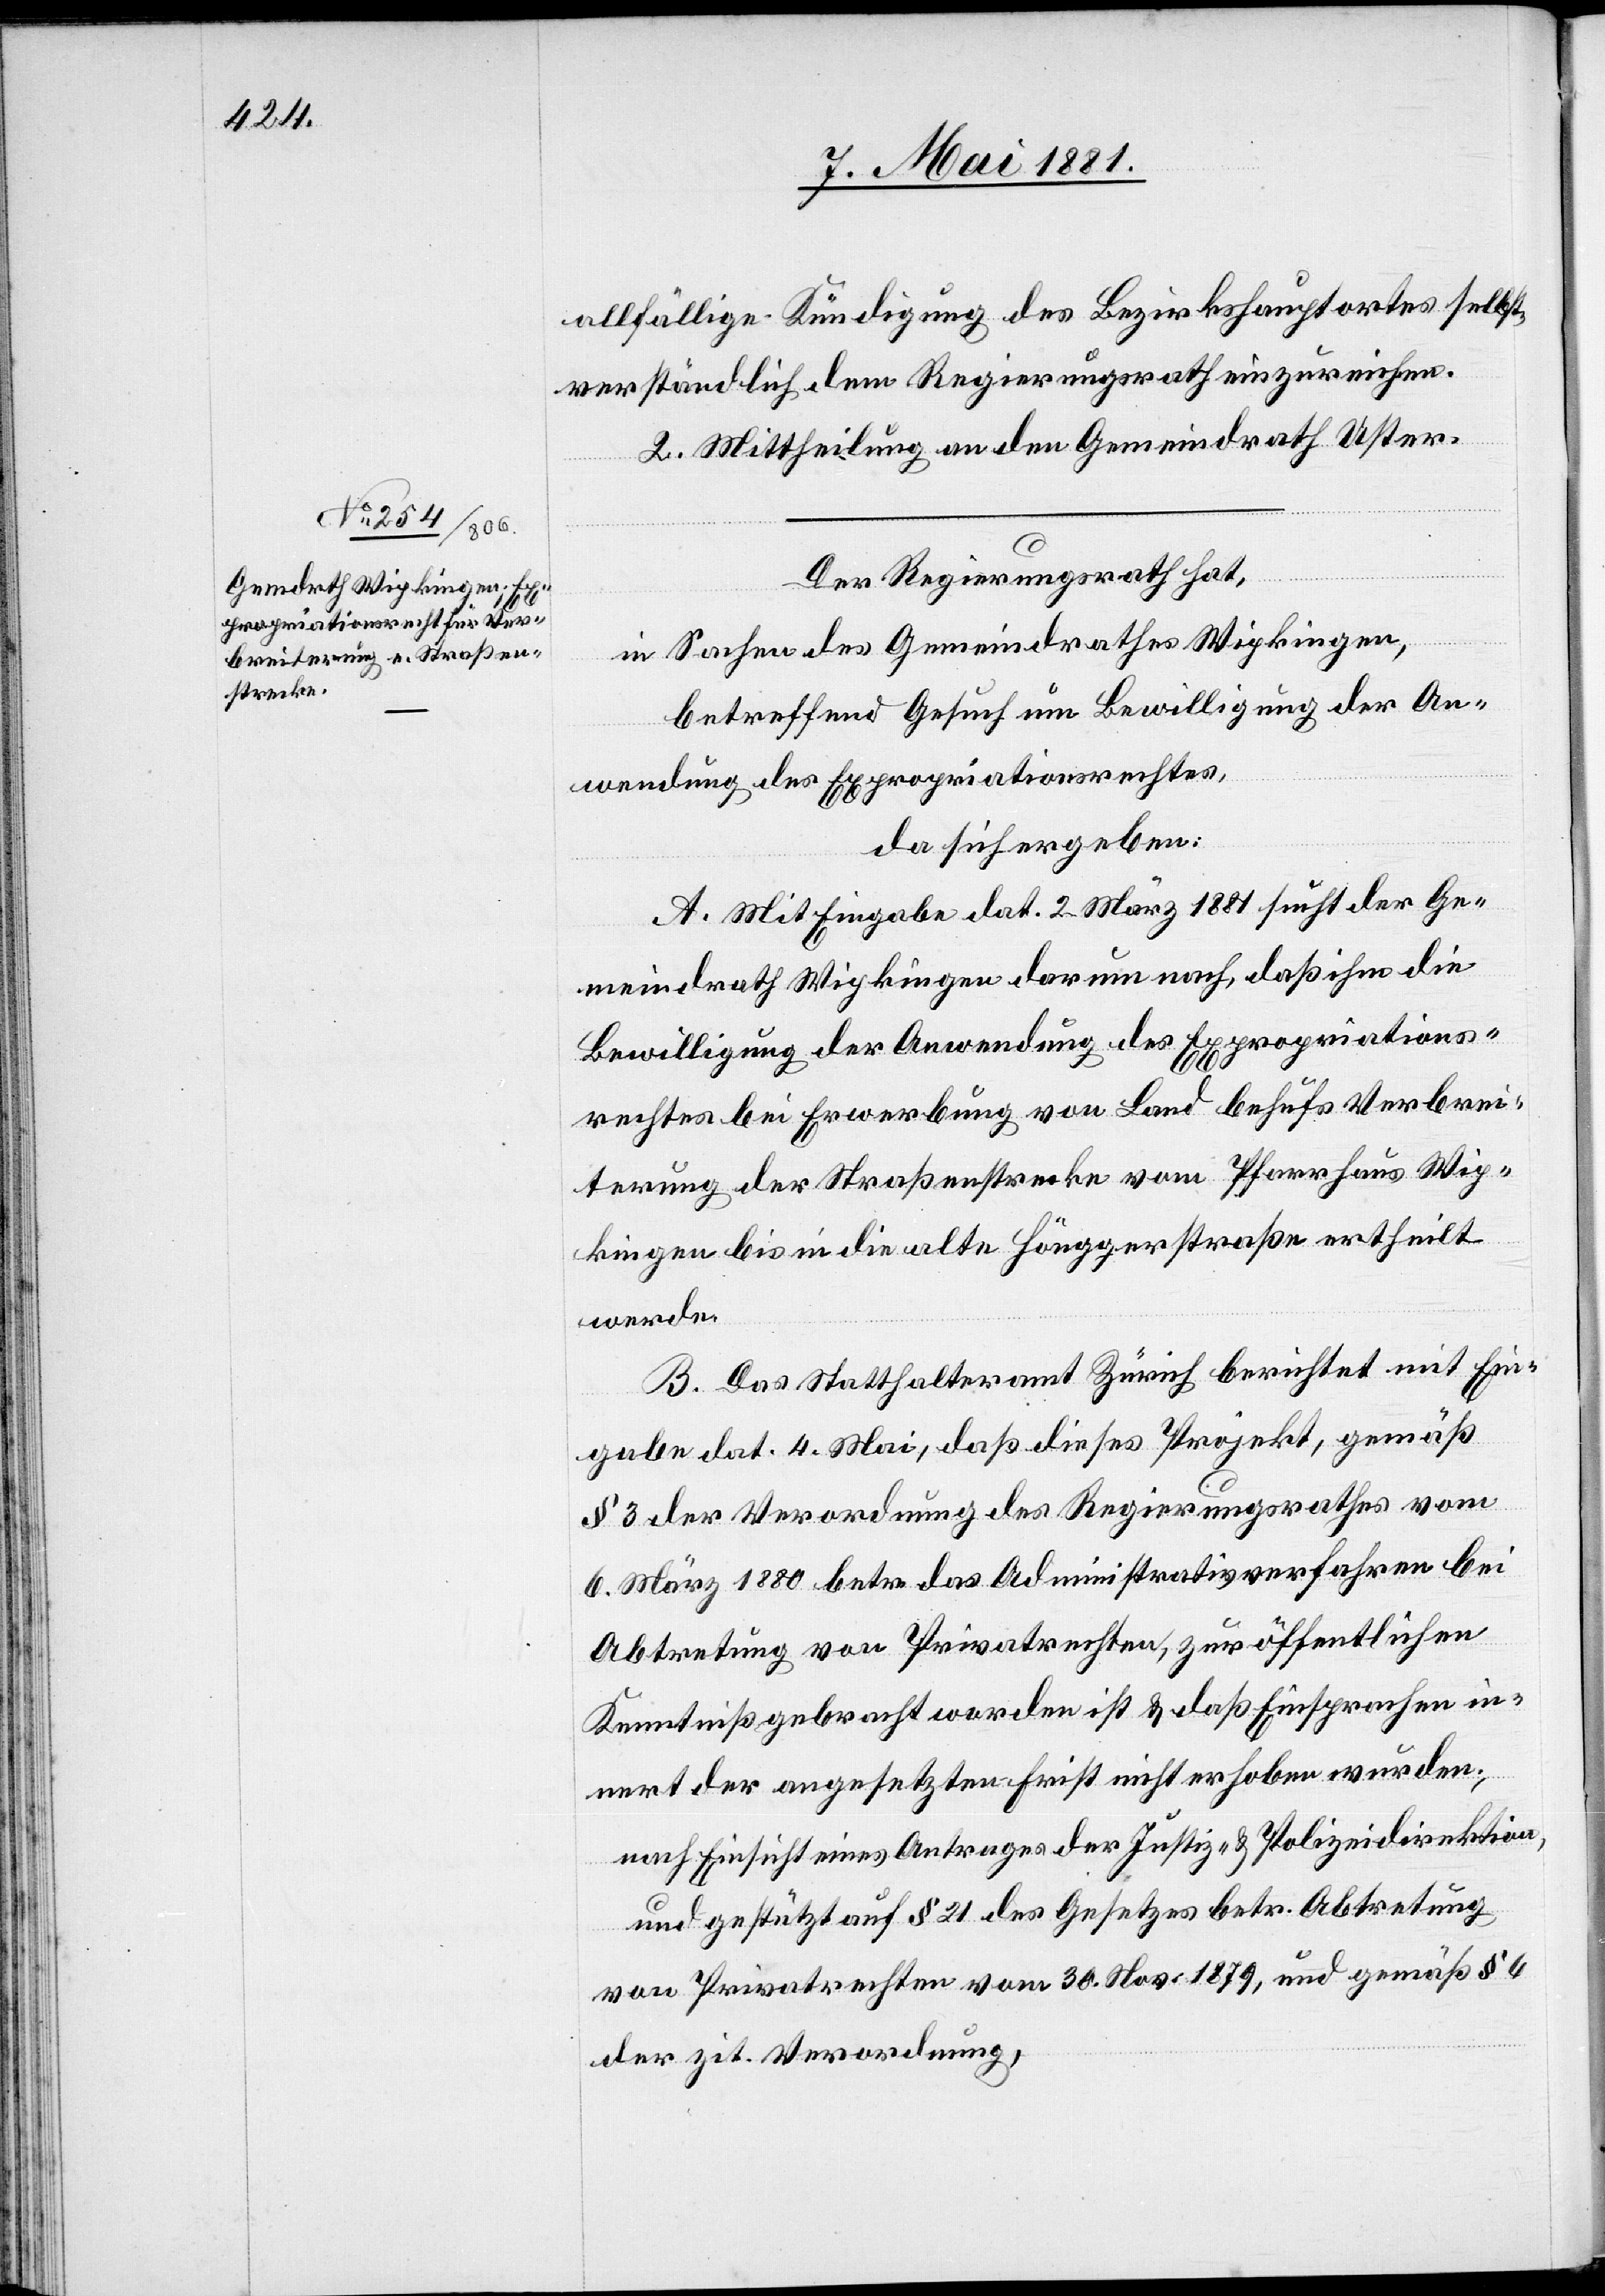
allfällige Kündigung des Bezirkshauptortes selbst¬
verständlich dem Regierungsrath einzureichen.
2. Mittheilung an den Gemeindrath Uster.
Der Regierungsrath hat,
in Sachen des Gemeindrathes Wipkingen,
betreffend Gesuch um Bewilligung der An¬
wendung des Expropriationsrechtes,
da sich ergeben:
A. Mit Eingabe dat. 2. März 1881 sucht der Ge¬
meindrath Wipkingen darum nach, das ihm die
Bewilligung der Anwendung des Expropriations¬
rechtes bei Erwerbung von Land behufs Verbrei¬
terung der Straßenstrecke vom Pfarrhaus Wip¬
kingen bis in die alte Hönggerstraße ertheilt
werde.
B. DAs Statthalteramt Zürich berichtet mit Ein¬
gabe dat. 4. Mai, daß dieses Projekt, gemäß
§ 3 der Verordnung des Regierungsrathes vom
6. März 1880 betr. das Administrativverfahren bei
Abtretung von Privatrechten, zur öffentlichen
Kenntniß gebracht worden ist & daß Einsprachen in¬
nert der angesetzten Frist nicht erhoben wurden;
nach Einsicht eines Antrages der Justiz- & Polizeidirektion,
und gestützt auf § 21 des Gesetzes betr. Abtretung
von Privatrechten vom 30. November. 1879, und gemäß § 6
der zit. Verordnung,